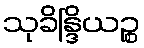
သုခိန္ဒြိယဉ္စ